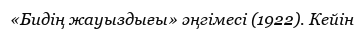
«Бидің жауыздығы» әңгімесі (1922). Кейін